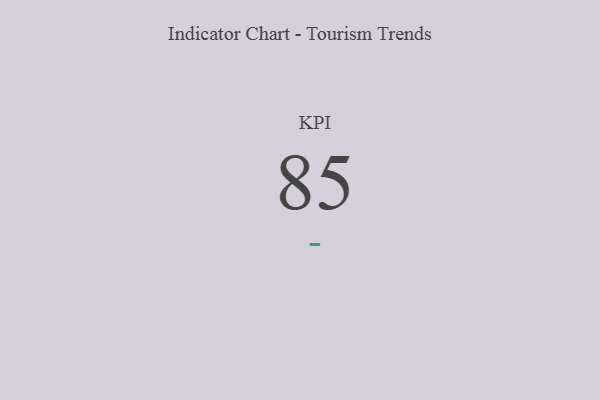
{"axis": {"x": "KPI", "y": "Value"}, "legend": [""], "data": [{"x": "KPI", "y": 85, "type": ""}]}